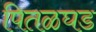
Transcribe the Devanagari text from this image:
पितळघड